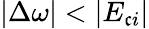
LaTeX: |\Delta\omega|<|E_{\mathfrak{c}i}|